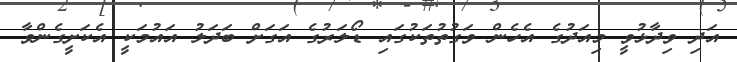
އަދި ވިދާޅުވީ މިއަދުގެ އެހެން ވަގުތުތަކުގައި ޑޯލަރުގެ އަގަށް ބަދަލު އައުމަކީ އެކަށީގެންވާ